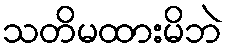
သတိမထားမိဘဲ